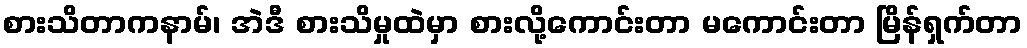
စားသိတာကနာမ်၊ အဲဒီ စားသိမှုထဲမှာ စားလို့ကောင်းတာ မကောင်းတာ မြိန်ရှက်တာ